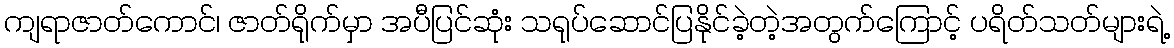
ကျရာဇာတ်ကောင်၊ ဇာတ်ရိုက်မှာ အပီပြင်ဆုံး သရုပ်ဆောင်ပြနိုင်ခဲ့တဲ့အတွက်ကြောင့် ပရိတ်သတ်များရဲ့